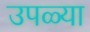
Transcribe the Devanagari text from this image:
उपळ्या